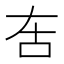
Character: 𠯛